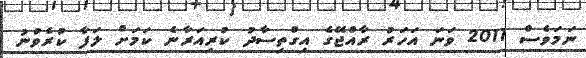
ނަމަވެސް 2011 ވަނަ އަހަރު ރާއްޖޭގެ އިގްތިސާދު ކުރިއަރާނެ ކަމަށް ލަފާ ކުރެވުނު